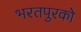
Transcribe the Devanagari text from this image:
भरतपुरको